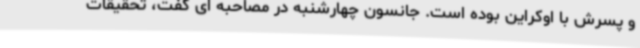
و پسرش با اوکراین بوده است. جانسون چهارشنبه در مصاحبه ای گفت، تحقیقات